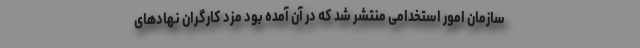
سازمان امور استخدامی منتشر شد که در آن آمده بود مزد کارگران نهادهای